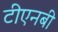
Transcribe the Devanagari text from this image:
टीएनबी